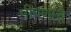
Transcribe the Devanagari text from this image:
मीपणाचे